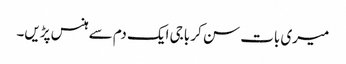
میری بات سن کر باجی ایک دم سے ہنس پڑیں۔